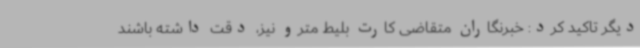
دیگر تاکید کرد: خبرنگاران متقاضی کارت بلیط مترو نیز، دقت داشته باشند